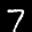
Label: 7